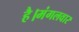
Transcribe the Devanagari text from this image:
है।मंगलवार